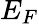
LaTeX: E_{F}